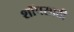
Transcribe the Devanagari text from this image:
शॉपसाठी